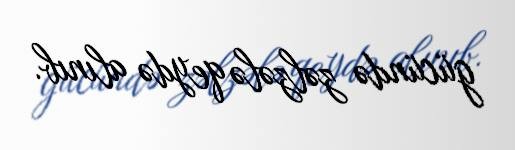
gücündə zəlzələ qeydə alınıb.